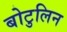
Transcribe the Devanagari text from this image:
बोटुलिन